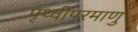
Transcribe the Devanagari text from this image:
पृथ्वीपरमाणु